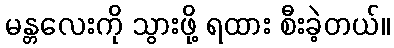
မန္တလေးကို သွားဖို့ ရထား စီးခဲ့တယ်။